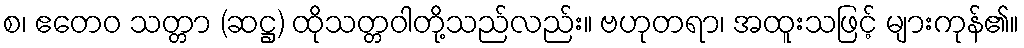
စ၊ ဧတေဝ သတ္တာ (ဆဋ္ဌ) ထိုသတ္တဝါတို့သည်လည်း။ ဗဟုတရာ၊ အထူးသဖြင့် များကုန်၏။